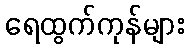
ရေထွက်ကုန်များ